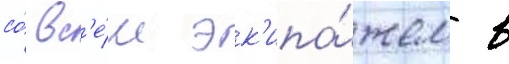
со́ вс'е́м эк'ипа́жем в